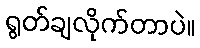
ရွတ်ချလိုက်တာပဲ။